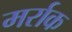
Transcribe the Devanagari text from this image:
मर्राक